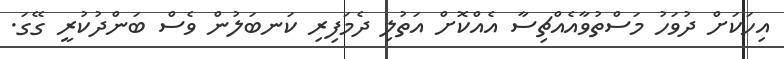
އިހަކަށް ދުވަހު މަސްތުވާއެއްޗިސާ އެއްކޮށް އަތުލި ދެމަފިރި ކަނބަލުން ވެސް ބަންދުކުރީ ގޭގަ.